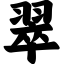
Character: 翠